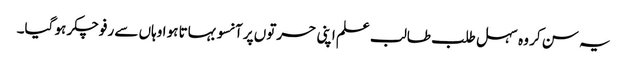
یہ سن کر وہ سہل طلب طالب علم اپنی حسرتوں پر آنسو بہاتا ہو ا وہاں سے رفو چکر ہو گیا۔